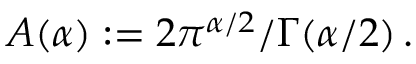
A ( \alpha ) : = 2 \pi ^ { \alpha / 2 } / \Gamma ( \alpha / 2 ) \, .